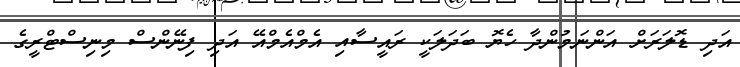
އަދި ޑޮލަރަށް އަންނަމުންދާ ހެޔޮ ބަދަލަކީ ރައީސާއި އެމްއެމްއޭ އަދި ފިނޭންސް މިނިސްޓްރީގެ